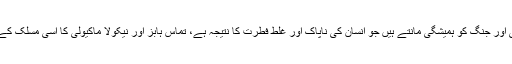
حقیقت پسند صلح کو موقتی اور جنگ کو ہمیشگی مانتے ہیں جو انسان کی ناپاک اور غلط فطرت کا نتیجہ ہے، تماس ہابز اور نیکولا ماکیولی کا اسی مسلک کے افراد میں شمار ہوتا ہے ۔